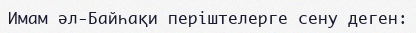
Имам әл-Байһақи періштелерге сену деген: